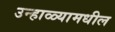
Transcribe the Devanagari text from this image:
उन्हाळ्यामधील